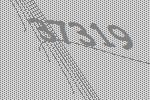
37319